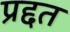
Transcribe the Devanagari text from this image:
प्रद्दत